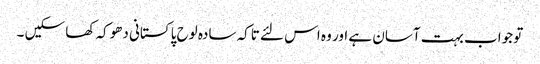
تو جواب بہت آسان ہے اور وہ اس لئے تاکہ سادہ لوح پاکستانی دھوکہ کھا سکیں ۔